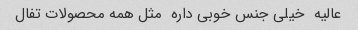
عالیه  خیلی جنس خوبی داره  مثل همه محصولات تفال